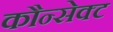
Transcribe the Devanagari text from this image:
कौन्सेक्ट